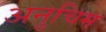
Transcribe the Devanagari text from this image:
अनुचिम